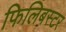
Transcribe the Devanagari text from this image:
फिलिबस्टर